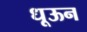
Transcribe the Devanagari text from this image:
धूऊन